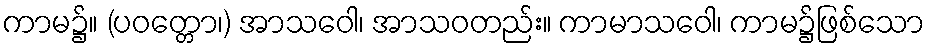
ကာမ၌။ (ပဝတ္တော၊) အာသဝေါ၊ အာသဝတည်း။ ကာမာသဝေါ၊ ကာမ၌ဖြစ်သော